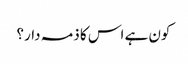
کون ہے اس کا ذمہ دار؟